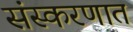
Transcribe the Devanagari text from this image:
संस्करणात